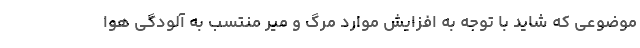
موضوعی که شاید با توجه به افزایش موارد مرگ و میر منتسب به آلودگی هوا